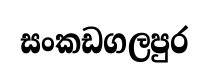
සංකඩගලපුර